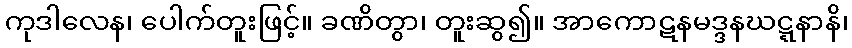
ကုဒါလေန၊ ပေါက်တူးဖြင့်။ ခဏိတွာ၊ တူးဆွ၍။ အာကောဋနမဒ္ဒနဃဋ္ဋနာနိ၊